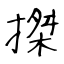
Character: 搩